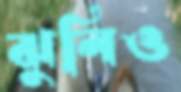
ঝুলিও